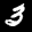
Label: 3